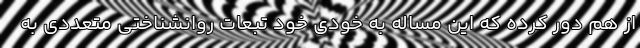
از هم دور کرده که این مساله به خودی خود تبعات روانشناختی متعددی به